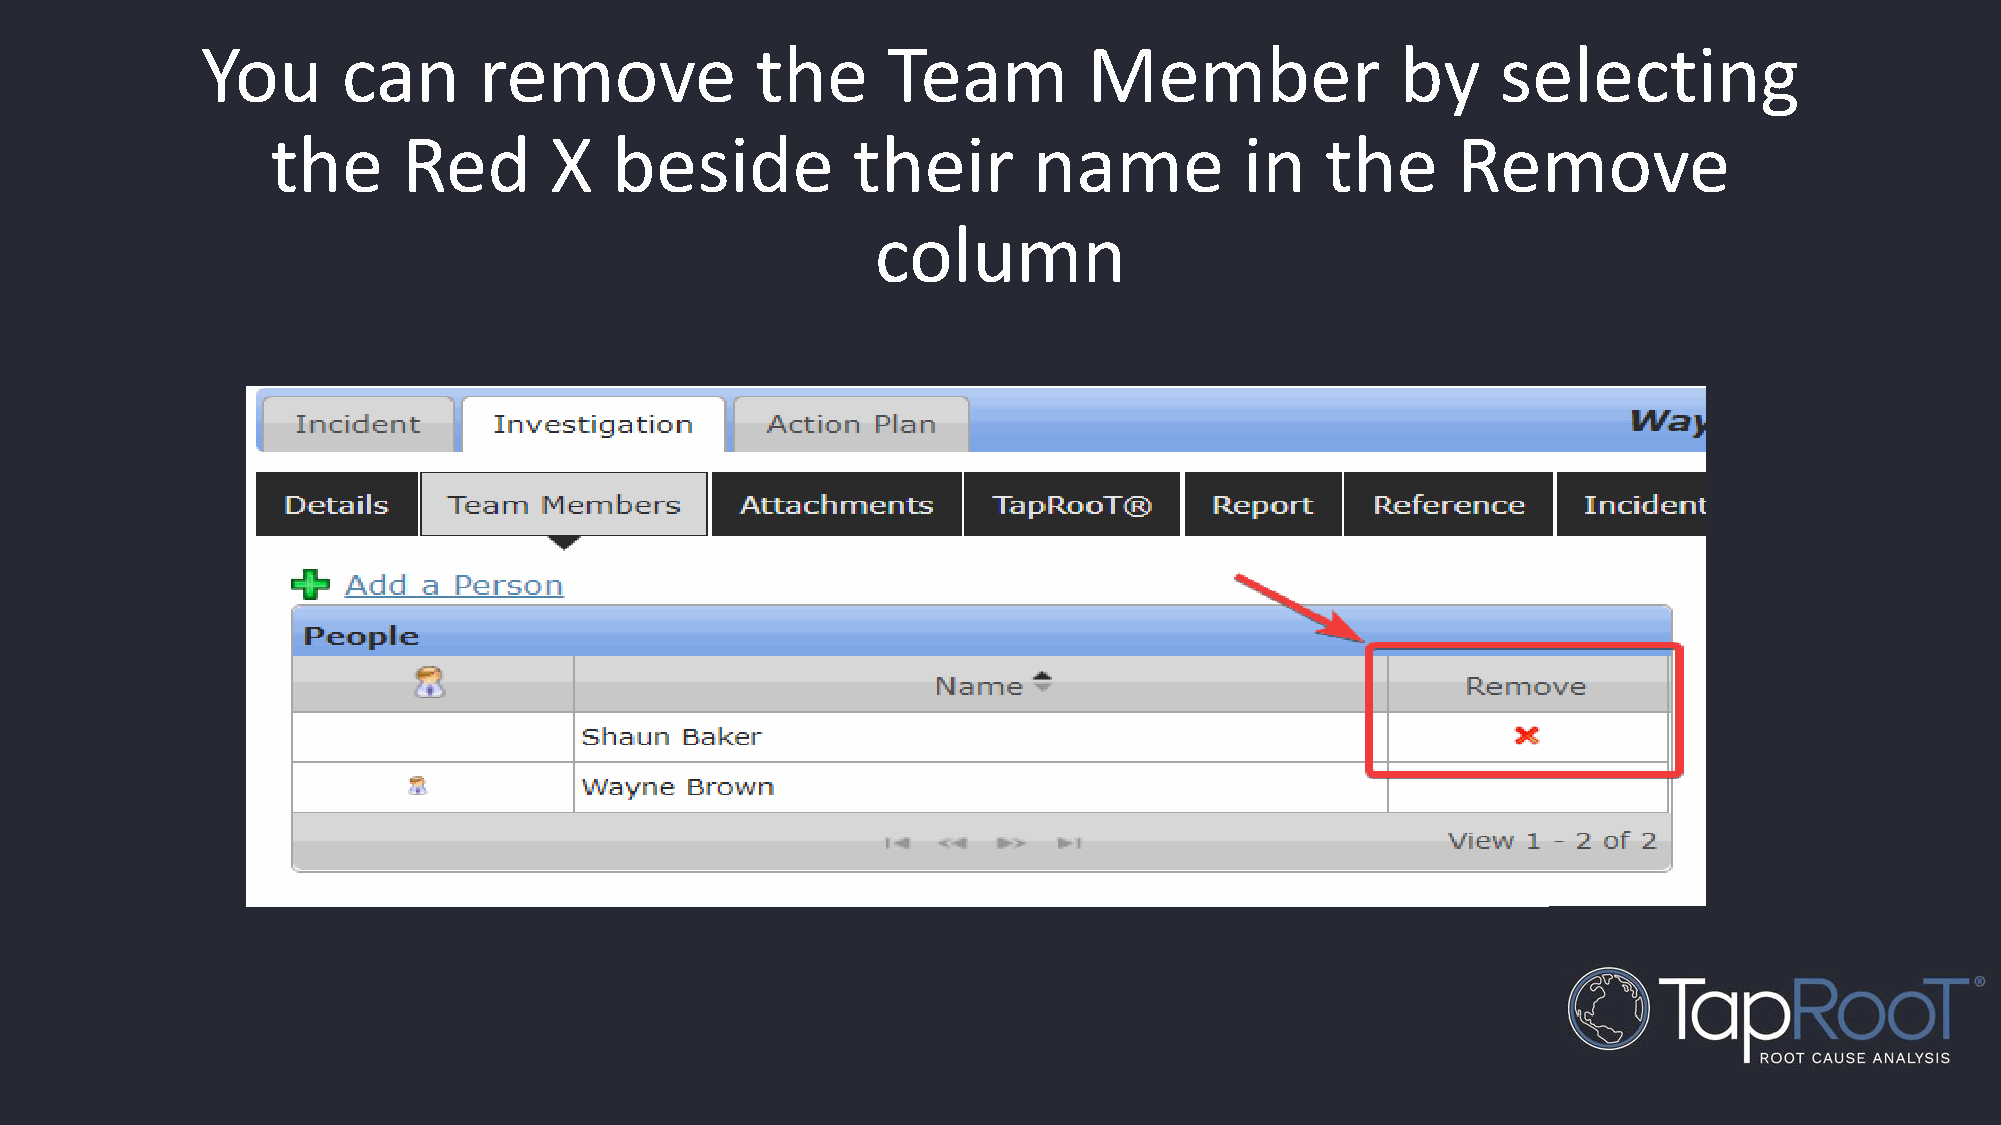
You       can      remove            the      Team         Member               by    selecting
 the      Red      X    beside         their       name          in    the     Remove
 column